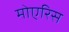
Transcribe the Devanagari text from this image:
मोएरिस